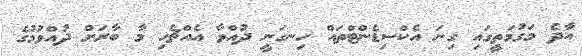
އާދެ މަގުމަތީގައި ގިނަ އެކްސިޑެންޓްތައް ހިނގަނީ ދުއްވާ އެއްޗެހި މާ ބާރަށް ދުއްވުމުގެ